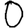
Digit: 0